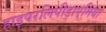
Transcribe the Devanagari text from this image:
हाइपरलिपीडाएमिया